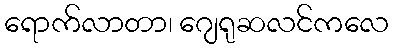
ရောက်လာတာ၊ ဂျေရုဆလင်ကလေ